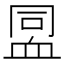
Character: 𧖳